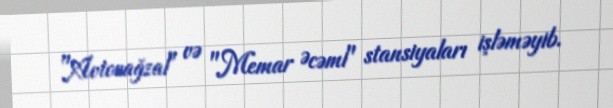
"Avtovağzal" və "Memar Əcəmi" stansiyaları işləməyib.